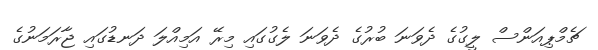
ޗެމްޕިއަންސް ލީގުގެ ދެވަނަ ބުރުގެ ދެވަނަ ލެގުގައި މިރޭ އަމިއްލަ ދަނޑުގައި ޖާރަމަނުގެ